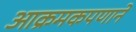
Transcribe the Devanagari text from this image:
आक्रमकपणाने